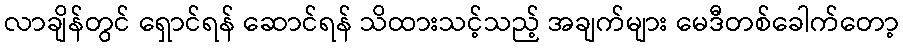
လာချိန်တွင် ရှောင်ရန် ဆောင်ရန် သိထားသင့်သည့် အချက်များ မေဒီတစ်ခေါက်တော့